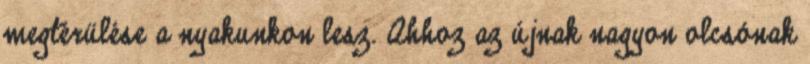
megtérülése a nyakunkon lesz. Ahhoz az újnak nagyon olcsónak